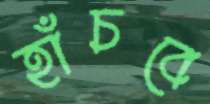
হাঁচবে